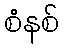
စံနစ်